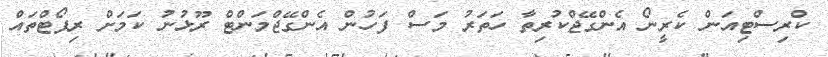
ކްރިސްޓިއަން ކެރީނޯ އެންގޭޖްކުރިތާ ހަތަރު މަސް ފަހުން އެންގޭޖްމަންޓް ރޫޅުނު ކަމަށް ރިޕޯޓްތައް